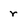
Character: r